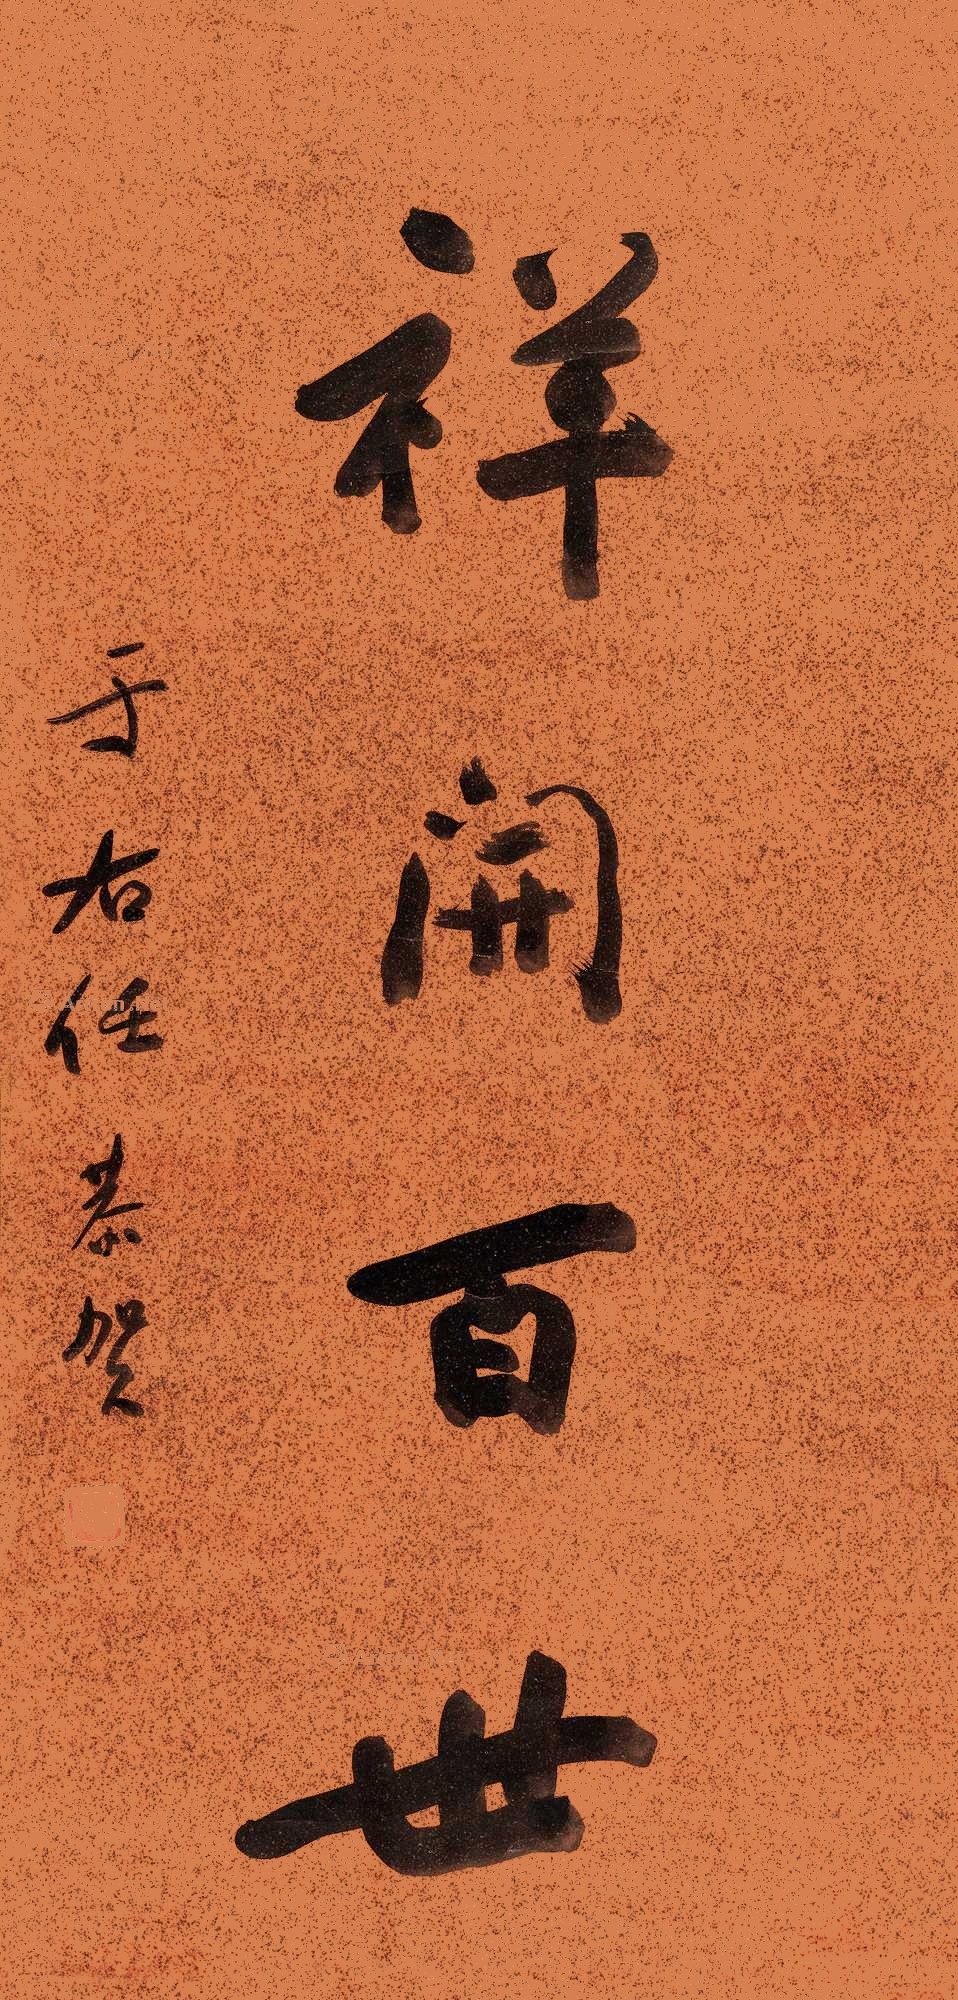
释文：祥开百世。于右任恭贺。